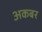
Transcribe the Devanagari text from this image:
अकबर